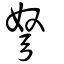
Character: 弩